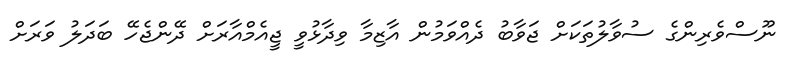
ނޫސްވެެރިންގެ ސުވާލުތަކަށް ޖަވާބު ދެއްވަމުން އާޒިމާ ވިދާޅުވީ ޖީއެމްއާރަށް ދޭންޖެހޭ ބަދަލު ވަރަށް